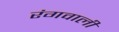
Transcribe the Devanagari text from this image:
रंगवाली